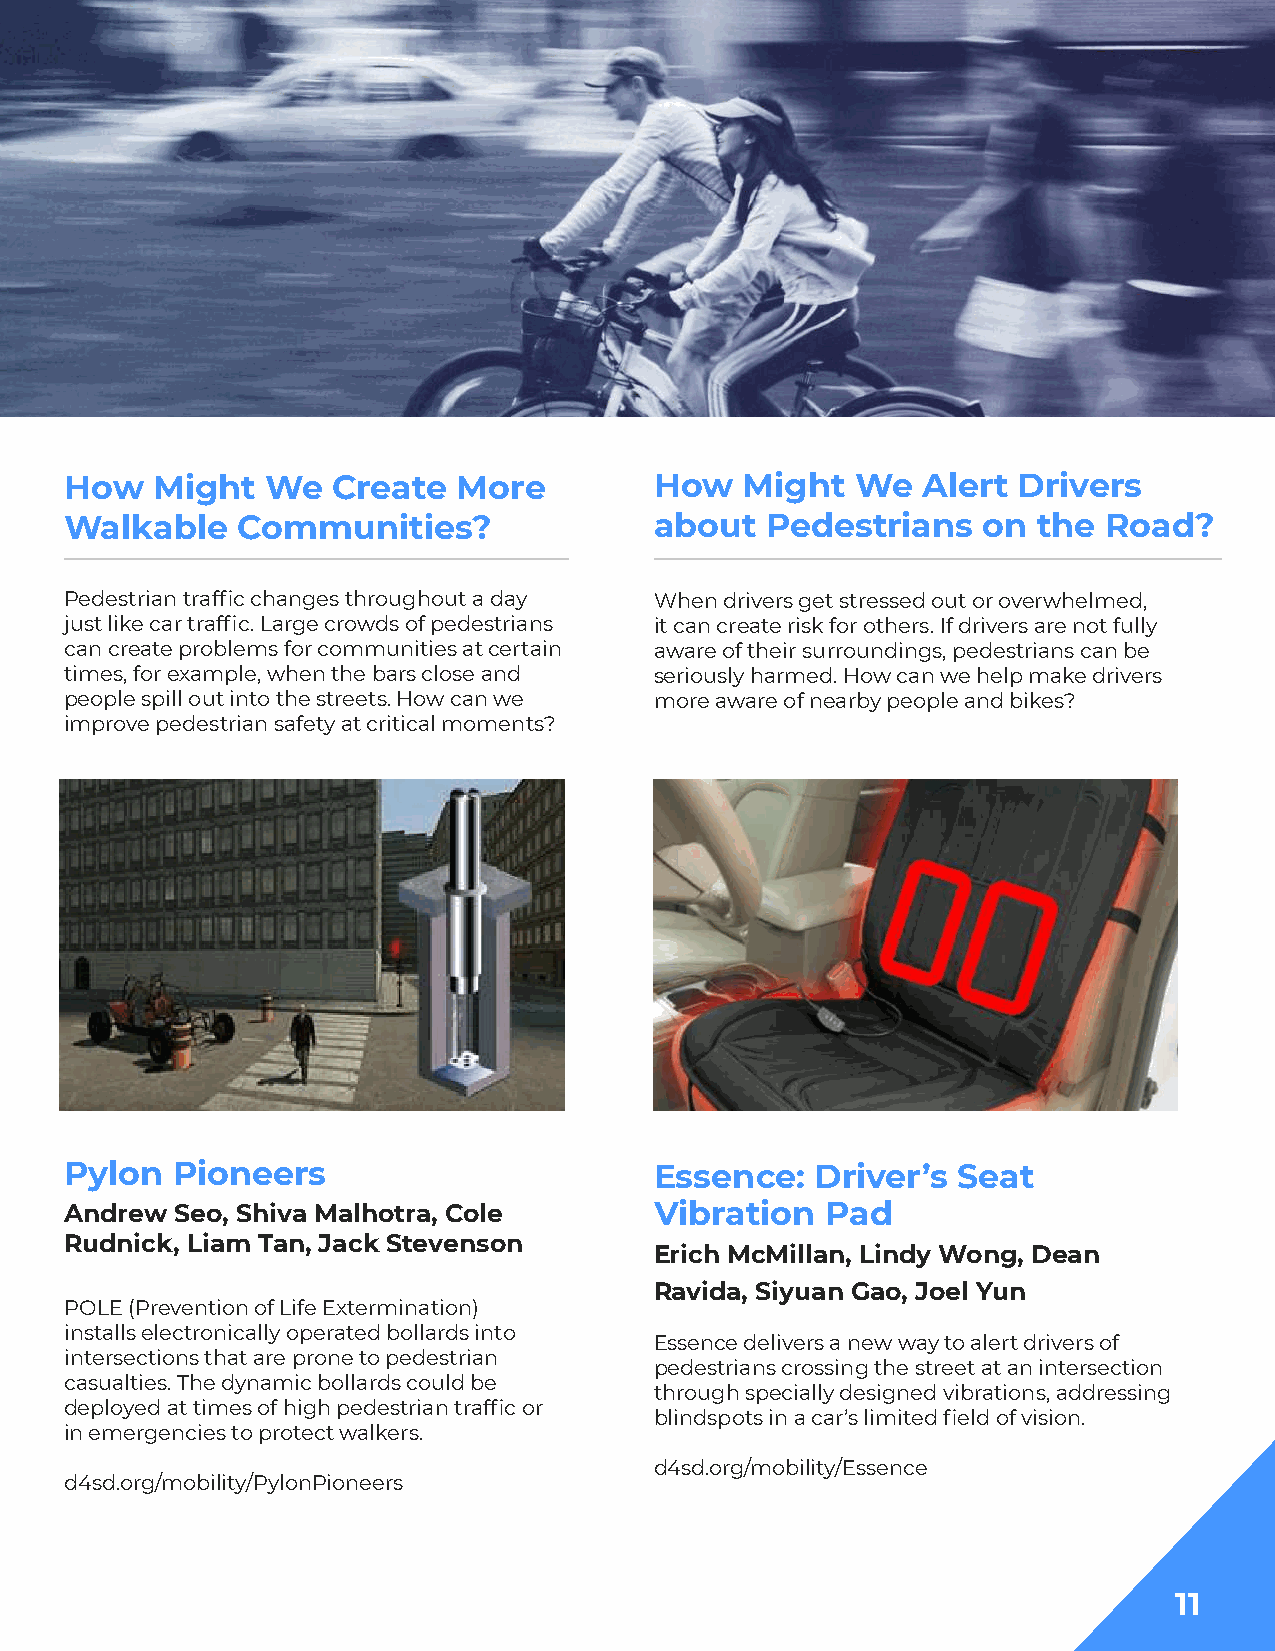
How   Might   We  Create  More         How   Might   We  Alert Drivers
 Walkable    Communities?               about   Pedestrians   on  the Road?
 Pedestrian traffic changes throughout a day When drivers get stressed out or overwhelmed,
 just like car traffic. Large crowds of pedestrians it can create risk for others. If drivers are not fully
 can create problems for communities at certain aware of their surroundings, pedestrians can be
 times, for example, when the bars close and seriously harmed. How can we help make drivers
 people spill out into the streets. How can we more aware of nearby people and bikes?
 improve pedestrian safety at critical moments?
 Pylon  Pioneers                        Essence:   Driver’s Seat
 Andrew  Seo, Shiva Malhotra, Cole      Vibration   Pad
 Rudnick, Liam Tan, Jack Stevenson
 Erich McMillan, Lindy Wong, Dean
 Ravida, Siyuan Gao, Joel Yun
 POLE (Prevention of Life Extermination)
 installs electronically operated bollards into
 Essence delivers a new way to alert drivers of
 intersections that are prone to pedestrian
 pedestrians crossing the street at an intersection
 casualties. The dynamic bollards could be
 through specially designed vibrations, addressing
 deployed at times of high pedestrian traffic or
 blindspots in a car’s limited field of vision.
 in emergencies to protect walkers.
 d4sd.org/mobility/Essence
 d4sd.org/mobility/PylonPioneers
 11